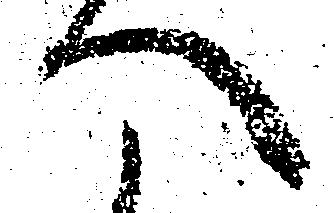
へ